Report of an investigation of the epidemic of malarial fever in Assam, or, kala-azar
Disease focus: Malaria
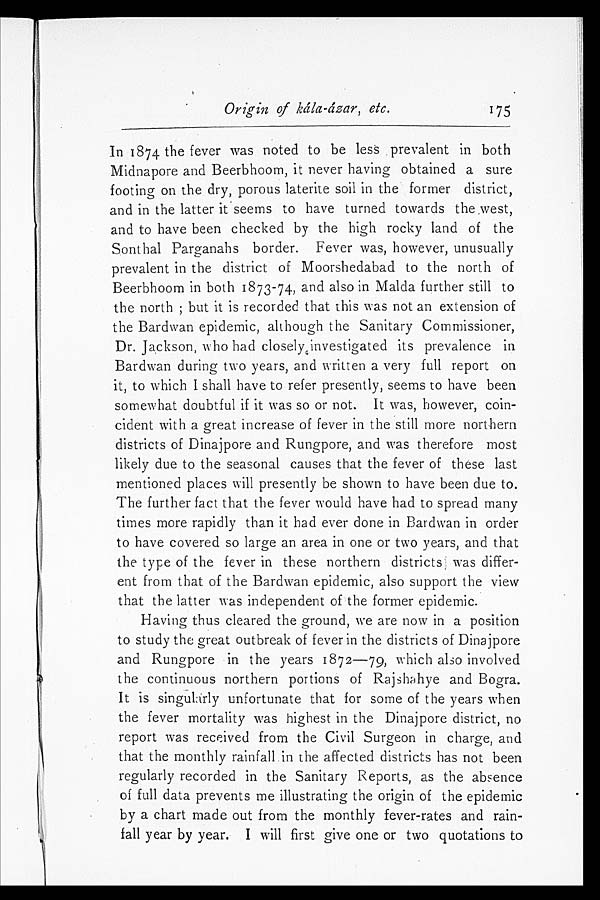
Origin of kála-ázar, etc.
175
In 1874 the fever was noted to be less prevalent in both
Midnapore and Beerbhoom, it never having obtained a sure
footing on the dry, porous laterite soil in the former district,
and in the latter it seems to have turned towards the west,
and to have been checked by the high rocky land of the
Sonthal Parganahs border. Fever was, however, unusually
prevalent in the district of Moorshedabad to the north of
Beerbhoom in both 1873-74, and also in Malda further still to
the north; but it is recorded that this was not an extension of
the Bardwan epidemic, although the Sanitary Commissioner,
Dr. Jackson, who had closely investigated its prevalence in
Bardwan during two years, and written a very full report on
it, to which I shall have to refer presently, seems to have been
somewhat doubtful if it was so or not. It was, however, coin
-cident with a great increase of fever in the still more northern
districts of Dinajpore and Rungpore, and was therefore most
likely due to the seasonal causes that the fever of these last
mentioned places will presently be shown to have been due to.
The further fact that the fever would have had to spread many
times more rapidly than it had ever done in Bardwan in order
to have covered so large an area in one or two years, and that
the type of the fever in these northern districts was differ
-ent from that of the Bardwan epidemic, also support the view
that the latter was independent of the former epidemic.
Having thus cleared the ground, we are now in a position
to study the great outbreak of fever in the districts of Dinajpore
and Rungpore in the years 1872—79, which also involved
the continuous northern portions of Rajshahye and Bogra.
It is singularly unfortunate that for some of the years when
the fever mortality was highest in the Dinajpore district, no
report was received from the Civil Surgeon in charge, and
that the monthly rainfall in the affected districts has not been
regularly recorded in the Sanitary Reports, as the absence
of full data prevents me illustrating the origin of the epidemic
by a chart made out from the monthly fever-rates and rain
-fall year by year. I will first give one or two quotations to